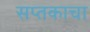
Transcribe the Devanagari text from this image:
सप्तकाचा